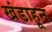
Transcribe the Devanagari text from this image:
खंडाहून